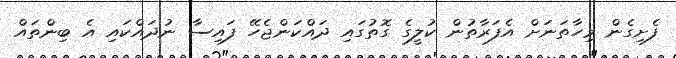
ފެށިގެން މިހާތަނަށް އެފަރާތުން ކުލީގެ ގޮތުގައި ދައްކަންޖެހޭ ފައިސާ ނުދައްކައި އެ ބިންތައް